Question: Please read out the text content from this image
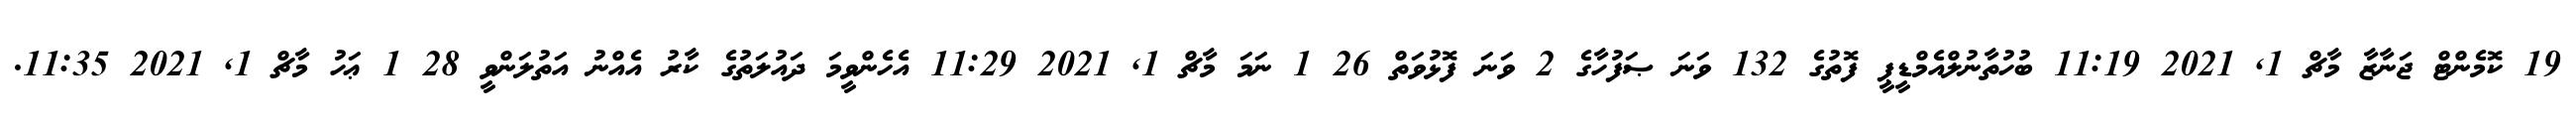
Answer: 19 ކޮމެންޓް ޖަނާޒާ މާޗް 1, 2021 11:19 ބުހުތާނުލްއެމްޑީޕީ ފޮތުގެ 132 ވަނަ ޞަފުހާގެ 2 ވަނަ ފޮޅުވަތް 26 1 ނަމަ މާޗް 1, 2021 11:29 އެހެންވީމަ ދައުލަތުގެ ކާރު އެއްނު އަތުލަންވީ 28 1 ޢަހު މާޗް 1, 2021 11:35.